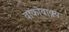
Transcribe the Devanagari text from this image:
वाकोवाक्य